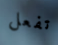
تفعل